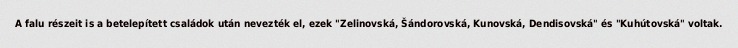
A falu részeit is a betelepített családok után nevezték el, ezek "Zelinovská, Šándorovská, Kunovská, Dendisovská" és "Kuhútovská" voltak.